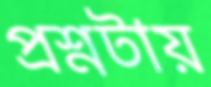
প্রশ্নটায়